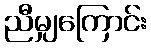
ညီမျှကြောင်း